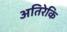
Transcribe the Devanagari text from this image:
अतिरेकि